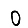
Digit: 0